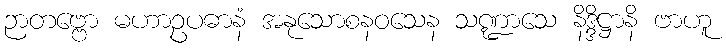
ဉာတဗ္ဗော မဟာဥပဓာနံ အနုသောစနဝသေန သဏ္ဍာသေ နိဒ္ဒိဋ္ဌာနိ ဗာဟူ